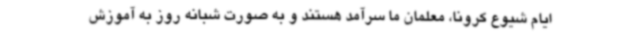
ایام شیوع کرونا، معلمان ما سرآمد هستند و به صورت شبانه روز به آموزش